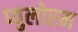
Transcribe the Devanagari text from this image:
प्युलोरम